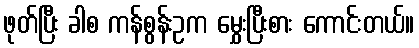
ဖုတ်ပြီး ခါစ ကန်စွန်းဥက မွှေးပြီးစား ကောင်းတယ်။